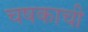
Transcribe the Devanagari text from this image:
चषकाची